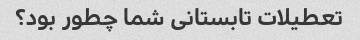
تعطیلات تابستانی شما چطور بود؟